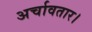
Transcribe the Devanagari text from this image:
अर्चावतार।